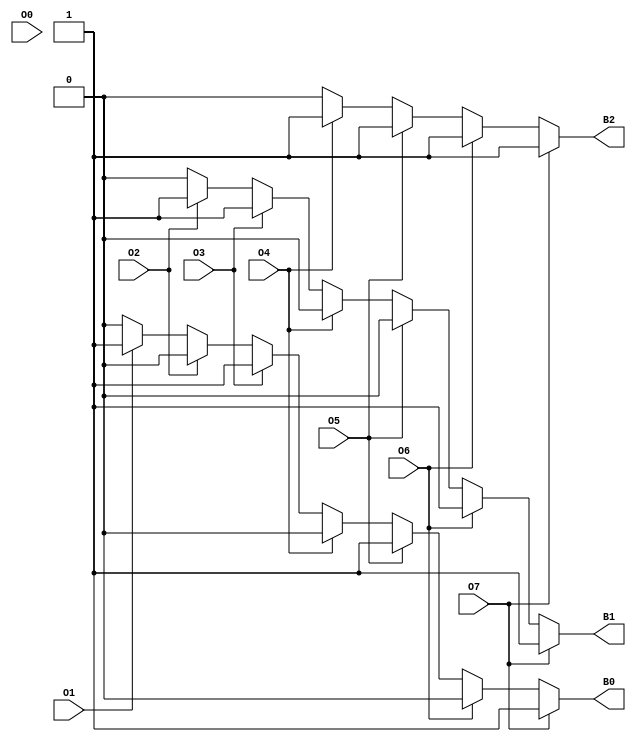
module OctalToBinaryEncoder (
    input wire O0,
    input wire O1,
    input wire O2,
    input wire O3,
    input wire O4,
    input wire O5,
    input wire O6,
    input wire O7,
    output reg B2,
    output reg B1,
    output reg B0
);

always @(*) begin
    // Default output for invalid or no input active
    B2 = 1'b0;
    B1 = 1'b0;
    B0 = 1'b0;

    // Encoder logic
    if (O7) begin
        B2 = 1'b1; B1 = 1'b1; B0 = 1'b1; // 7
    end else if (O6) begin
        B2 = 1'b1; B1 = 1'b1; B0 = 1'b0; // 6
    end else if (O5) begin
        B2 = 1'b1; B1 = 1'b0; B0 = 1'b1; // 5
    end else if (O4) begin
        B2 = 1'b1; B1 = 1'b0; B0 = 1'b0; // 4
    end else if (O3) begin
        B2 = 1'b0; B1 = 1'b1; B0 = 1'b1; // 3
    end else if (O2) begin
        B2 = 1'b0; B1 = 1'b1; B0 = 1'b0; // 2
    end else if (O1) begin
        B2 = 1'b0; B1 = 1'b0; B0 = 1'b1; // 1
    end else if (O0) begin
        B2 = 1'b0; B1 = 1'b0; B0 = 1'b0; // 0
    end
    // If none of the inputs are active, output remains {B2, B1, B0} = 000
end

endmodule